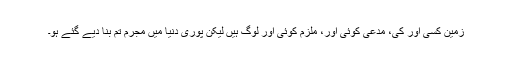
زمین کسی اور کی، مدعی کوئی اور، ملزم کوئی اور لوگ ہیں لیکن پوری دنیا میں مجرم تم بنا دیے گئے ہو۔